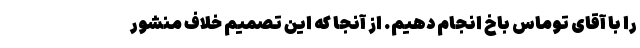
را با آقای توماس باخ انجام دهیم. از آنجا که این تصمیم خلاف منشور